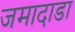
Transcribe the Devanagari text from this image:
जमादाडा